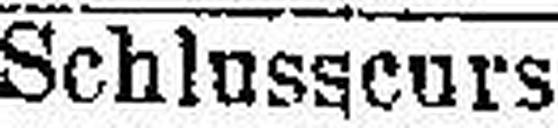
Schlusscurs